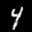
Label: 4